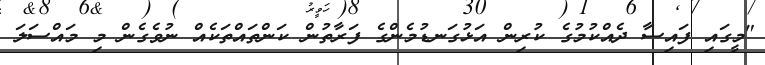
"މީގައި ފައިސާ ދެއްކުމުގެ ކުރިން އަޅުގަނޑުމެންގެ ފަރާތުން ކަންތައްތަކެއް ނުވެގެން މި މައްސަލަ